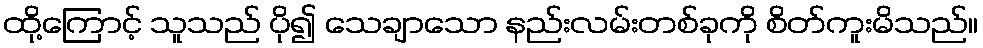
ထို့ကြောင့် သူသည် ပို၍ သေချာသော နည်းလမ်းတစ်ခုကို စိတ်ကူးမိသည်။